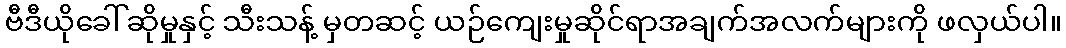
ဗီဒီယိုခေါ်ဆိုမှုနှင့် သီးသန့် မှတဆင့် ယဉ်ကျေးမှုဆိုင်ရာအချက်အလက်များကို ဖလှယ်ပါ။